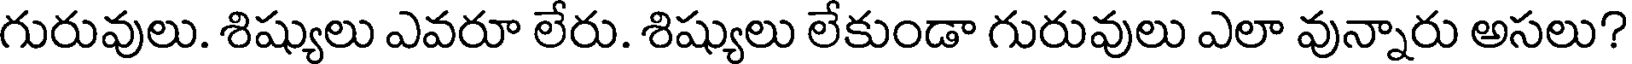
గురువులు. శిష్యులు ఎవరూ లేరు. శిష్యులు లేకుండా గురువులు ఎలా వున్నారు అసలు?